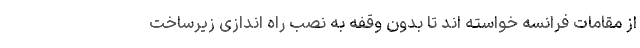
از مقامات فرانسه خواسته اند تا بدون وقفه به نصب راه اندازی زیرساخت